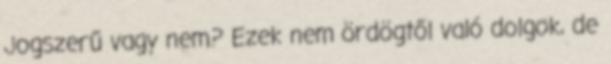
Jogszerű vagy nem? Ezek nem ördögtől való dolgok, de